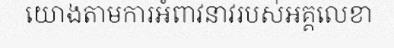
យោងតាមការអំពាវនាវរបស់អគ្គលេខា